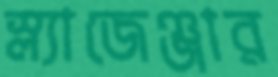
স্ল্যাজেঞ্জার